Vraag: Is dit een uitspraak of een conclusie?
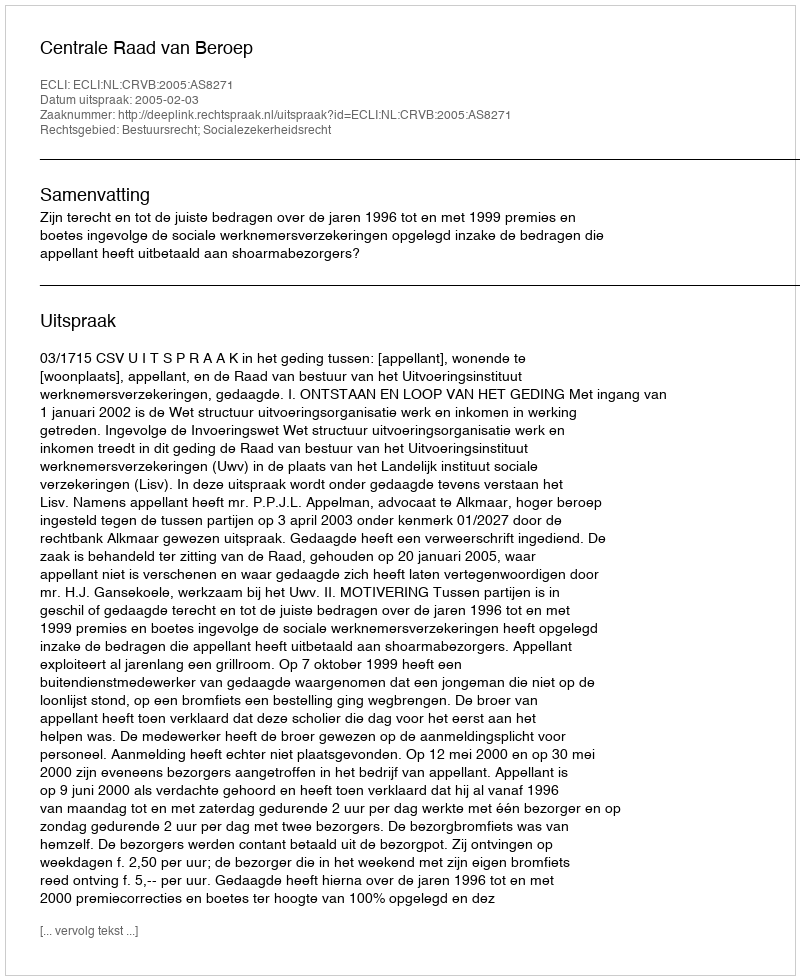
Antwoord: Uitspraak